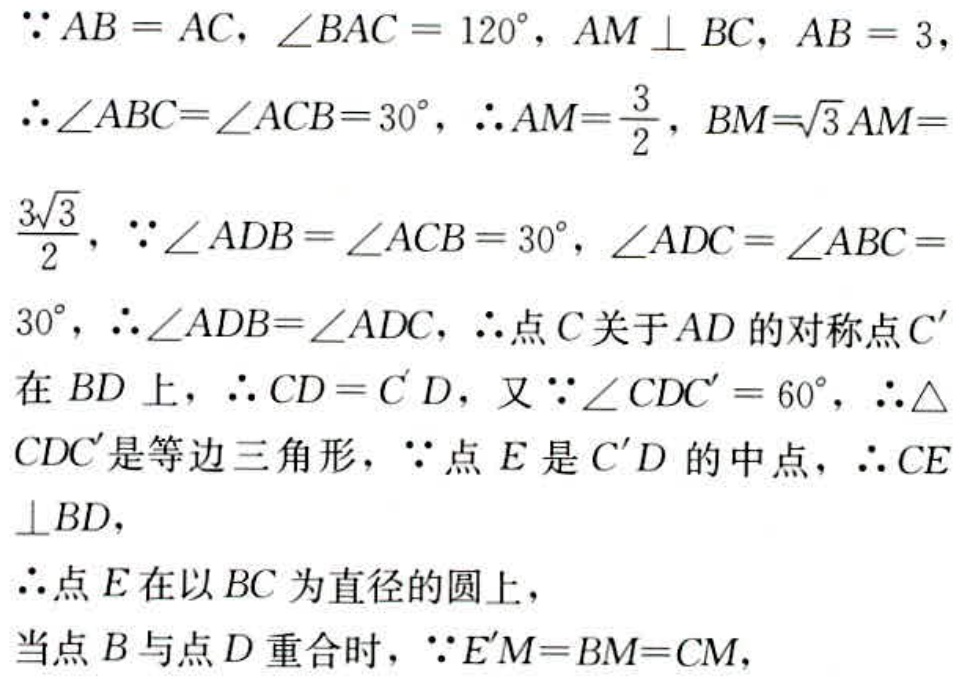
\(\because AB = AC,\angle BAC = 120^{\circ},AM\perp BC,AB = 3,\)
\(\therefore\angle ABC=\angle ACB = 30^{\circ},\therefore AM=\frac{3}{2},BM = \sqrt{3}AM=\)
\(\frac{3\sqrt{3}}{2},\because\angle ADB=\angle ACB = 30^{\circ},\angle ADC=\angle ABC =\)
\(30^{\circ},\therefore\angle ADB=\angle ADC,\therefore\)点\(C\)关于\(AD\)的对称点\(C'\)
在\(BD\)上，\(\therefore CD = C'D\)，又\(\because\angle CDC' = 60^{\circ},\therefore\triangle\)
\(CDC'\)是等边三角形，\(\because\)点\(E\)是\(C'D\)的中点，\(\therefore CE\)
\(\perp BD,\)
\(\therefore\)点\(E\)在以\(BC\)为直径的圆上，
当点\(B\)与点\(D\)重合时，\(\because E'M = BM = CM,\)